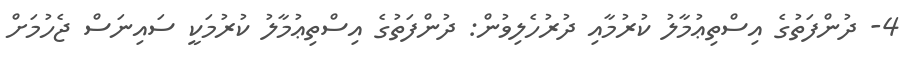
4- ދުންފަތުގެ އިސްތިޢުމާލު ކުރުމާއި ދުރުހެލިވުން: ދުންފަތުގެ އިސްތިޢުމާލު ކުރުމަކީ ސައިނަސް ޖެހުމަށް